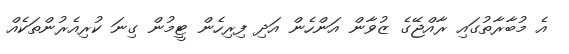
އެ މުބާރާތުގައި ރާއްޖޭގެ ޒުވާން އަންހެން އަދި ފިރިހެން ޓީމުން ގިނަ ކުރިއެރުންތަކެއް